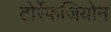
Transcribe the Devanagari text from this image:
टोर्रेफजियोन